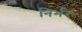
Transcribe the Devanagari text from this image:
निर्भरः